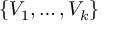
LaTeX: \{ V _ { 1 } , \ldots , V _ { k } \}